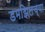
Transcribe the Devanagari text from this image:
डमझिलच्या